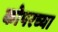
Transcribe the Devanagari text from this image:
कोपरच्या